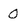
Character: 0